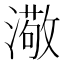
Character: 𤀂